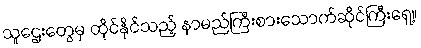
သူဌေးတွေမှ ထိုင်နိုင်သည့် နာမည်ကြီးစားသောက်ဆိုင်ကြီးရှေ့။